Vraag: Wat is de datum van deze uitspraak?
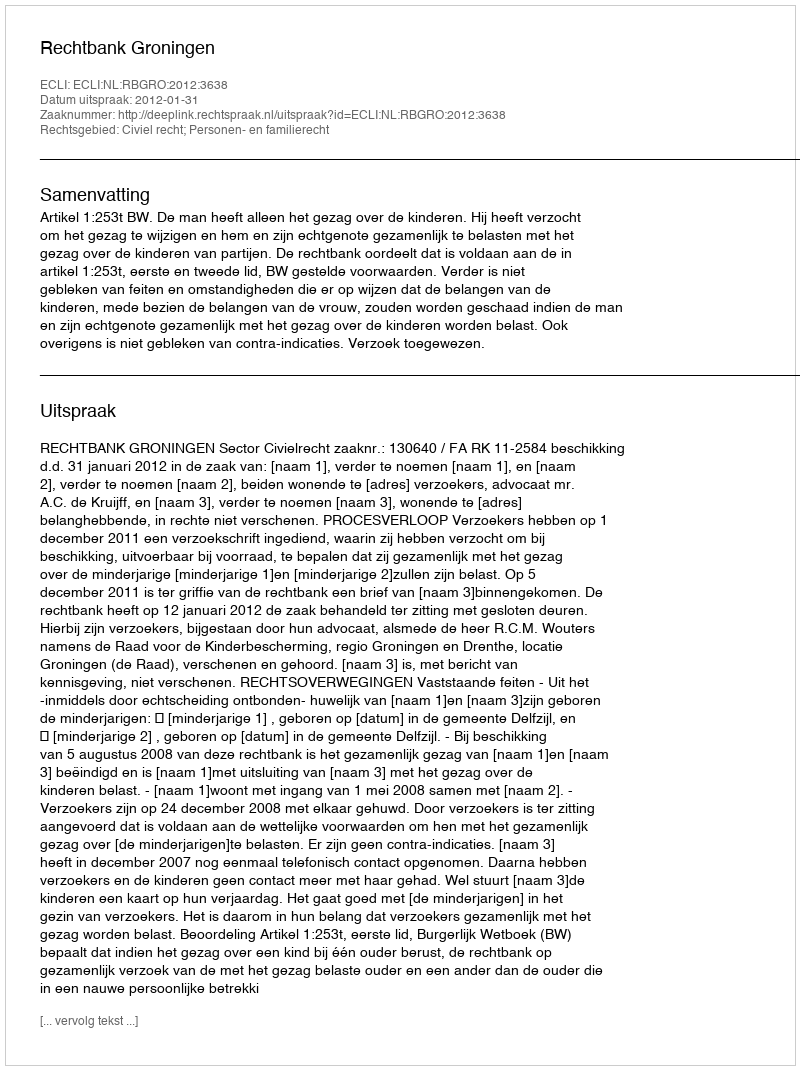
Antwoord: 2012-01-31